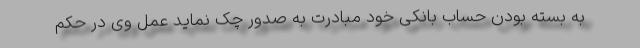
به بسته بودن حساب بانکی خود مبادرت به صدور چک نماید عمل وی در حکم